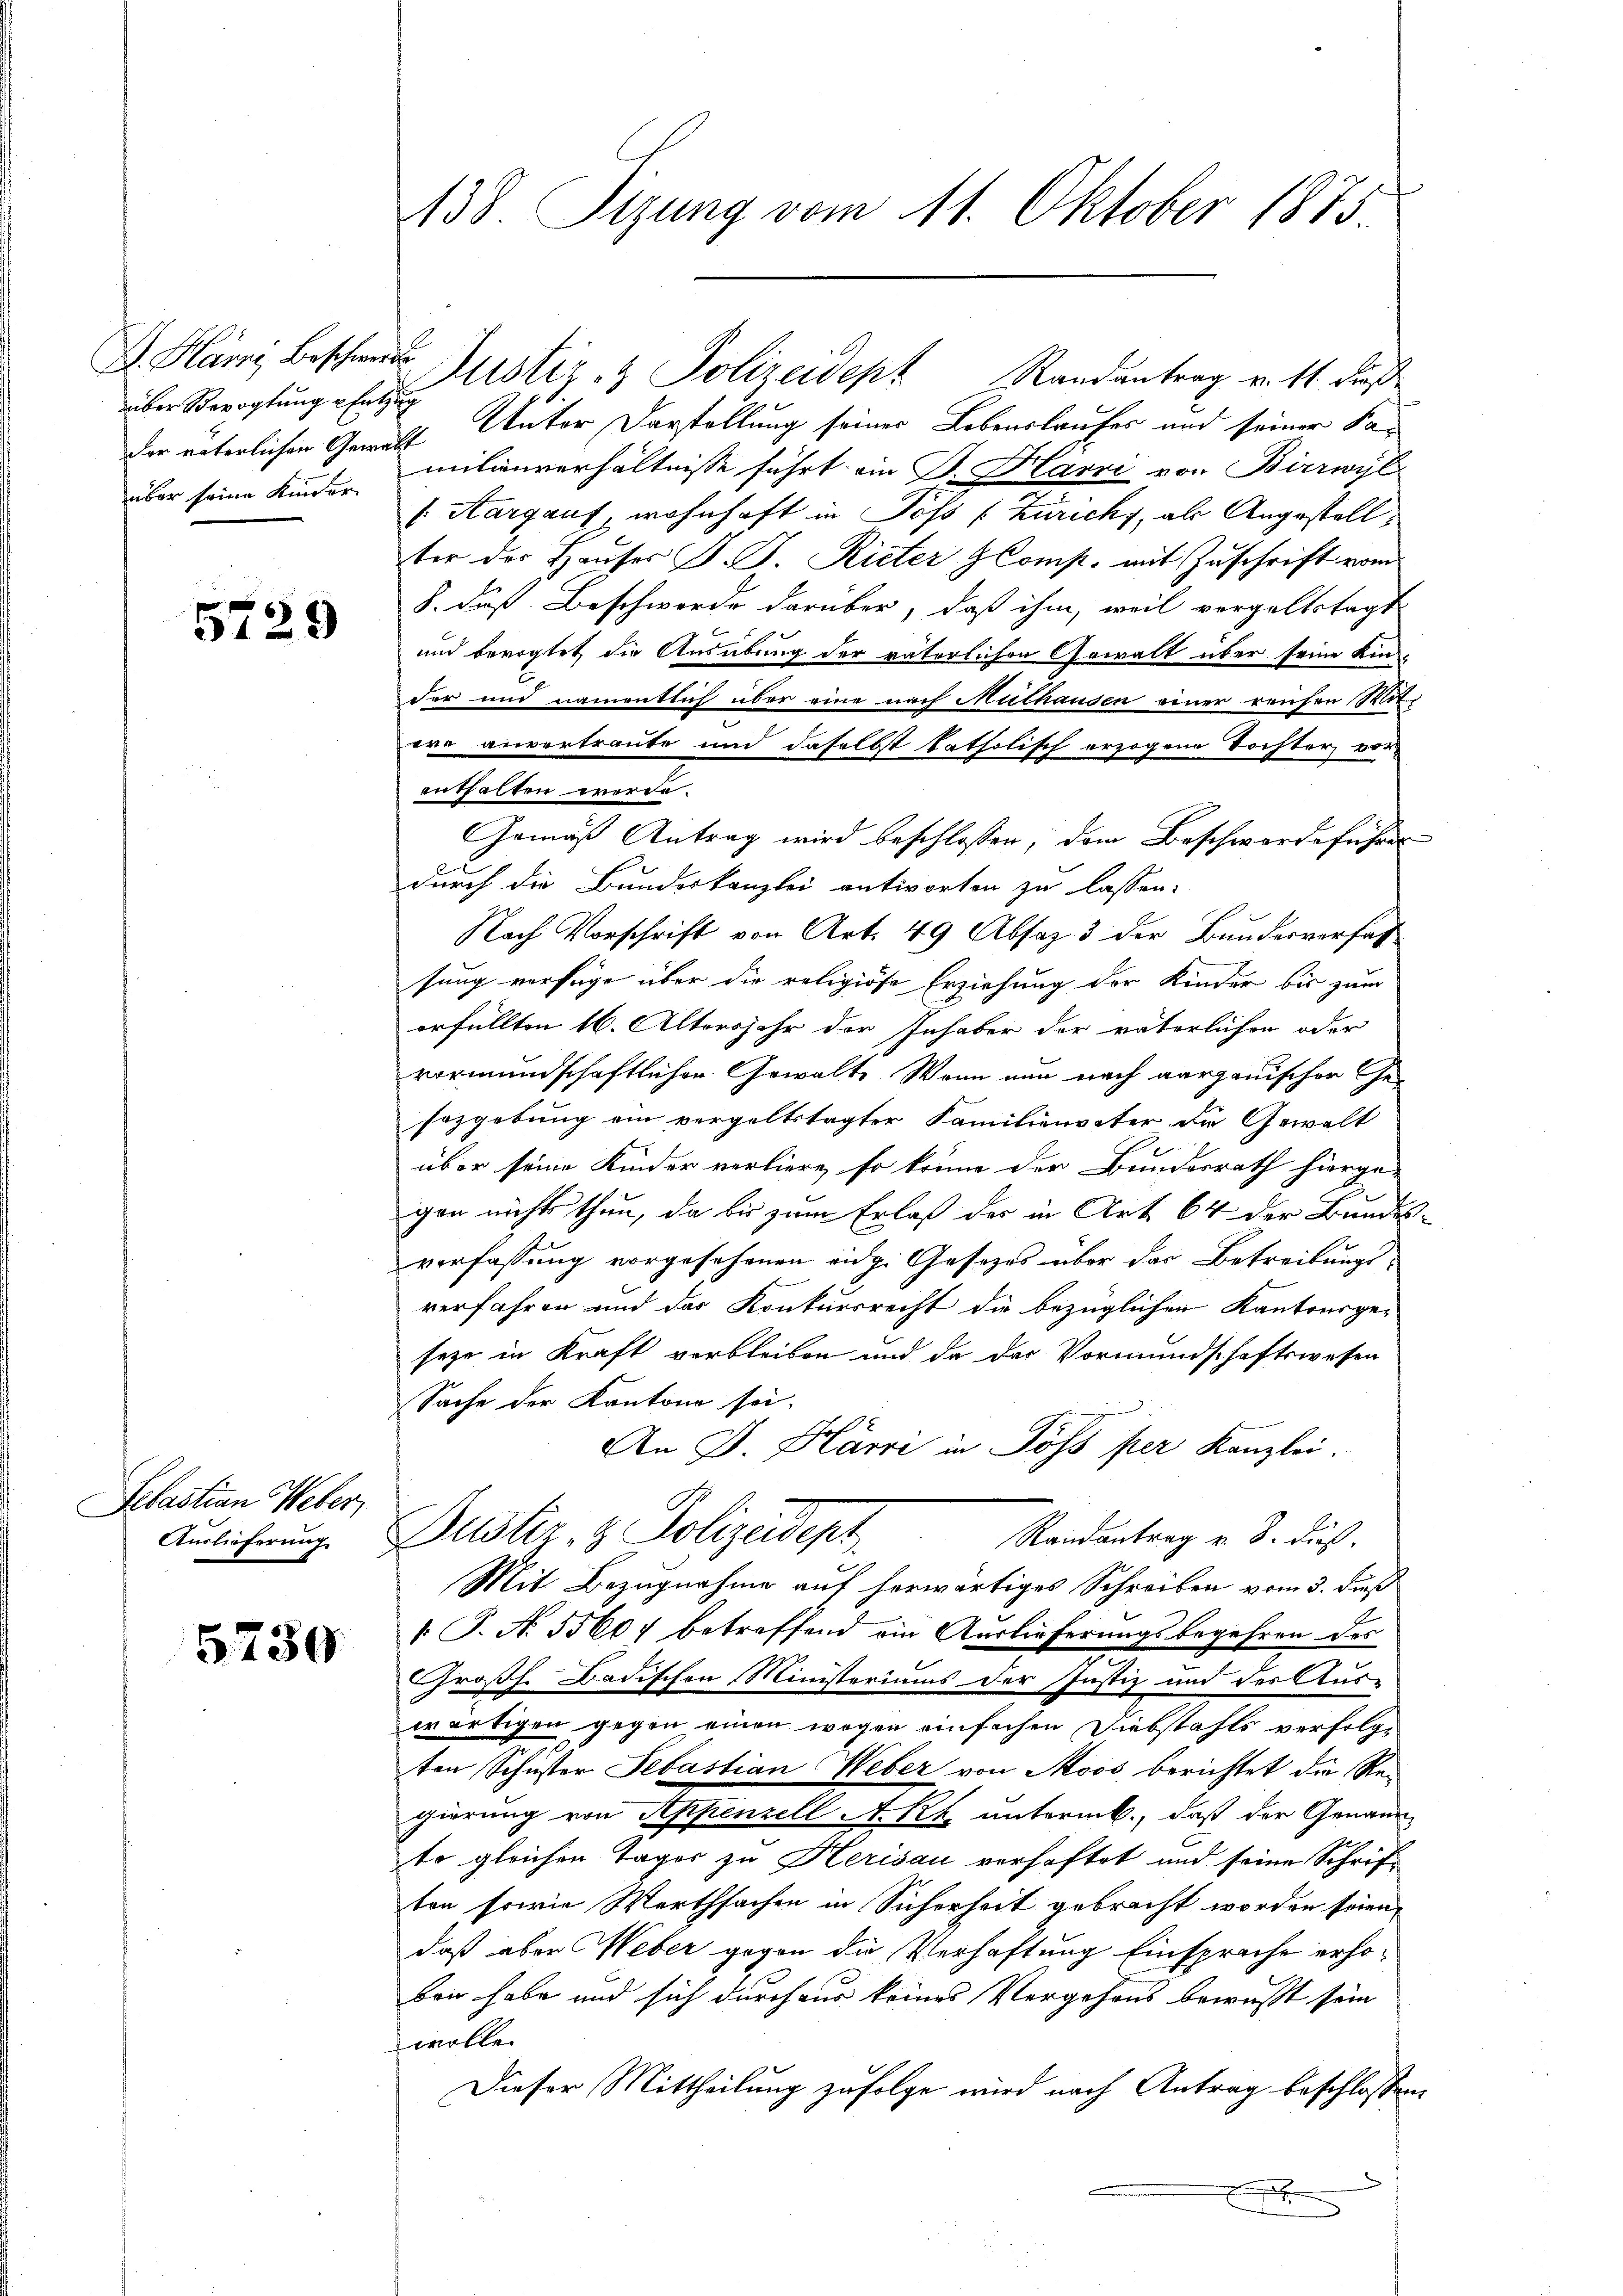
über Bevogtung Entzug
über seine Kinder

5729

Sebastian Weber,
Auslieferung

5730

138. Sizung vom 11. Oktober 1875.

L. Hämi, beschieder Justiz & Polizeidept Randantrag v. 11. dieß
der väterlichen Gewicht Unter Darstellung seiner Lebenslaufes und seiner Samitinverhältnisse führt ein G. Harri von Birrwyl
/. Aargauf, wohnhaft in Poss (Züricht, als Angestell
ter der Hauses J. J. Rieter Comp. mit Zuschrift vom
§. daß Beschwerde darüber, daß ihm, weil vergeltstagt
und bevogtet die Ausübung der väterlichen Gewalt über seine Kin-
der und namentlich über eine nach Muthausen einer reichen Mit-
ern anvortraute und daselbst katholisch erzogene Tochter vor
enthalten werde.
Gemäß Antrag wird beschlossen, dem Beschwerdeführer
durch die Bundeskanzlei antworten zu lassen.
Nach Vorschrift von Art. 49 Absaz 3 der Bundesverfas
sung verfüge über die religiöse Erziehung der Kinder bis zum
erfüllten 16. Altersjahr der Inhaber der väterlichen oder
vormundschaftlicher Gewalte Wenn nun nach aargauischer Ge-
sozgebung ein vergeltstagter Familienvater die Gewalt
über seine Kinder verliere, so könne der Bundesrath hierge-
gen nichts thun, da bis zum Erlaß der in Art. 64 der Bundesverfassung vorgesehenen eidg. Gesetzes über das Betreibungsverfahren und das Konkursrecht die bezüglichen Kantonsge-
seze in Kraft verbleiben und da das Vormundschaftswesen
Sache der Kantone sei.
e
An J. Harri in Poss per Kanzlei.
Justiz- & Polizeidept
Randantrag v. 3. dieß.
E
Mit Bezugnahme auf herwärtiges Schreiben vom 3. Fuß
". P. N. 55607 betreffend ein Auslieferungsbegehren des
Großh. Badischen Ministeriums der Justiz und des Aus-
wärtigen gegen einen wegen einfachen Diebstahls verfolge
ten Schuster Sebastian Weber von Moos berichtet die Regierung von Appenzell A.Rh. untermb., daß der Genannto gleichen Tager zu Herisau verhaftet und seine Schriften sowie Werthsachen in Sicherheit gebracht worden seien,
daß aber Weber gegen die Verhaftung Einsprache erhoben habe und sich durchaus keines Vergehens bewußt sein
wolle.
Dieser Mittheilung zufolge wird nach Antrag beschlossen: